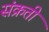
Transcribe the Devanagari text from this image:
संक्रती